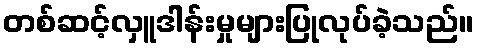
တစ်ဆင့်လှူဒါန်းမှုများပြုလုပ်ခဲ့သည်။